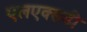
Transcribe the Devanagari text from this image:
एलएक्सडी